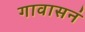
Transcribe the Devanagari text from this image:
गावासनं